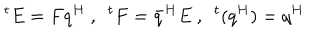
^ t E = F q ^ { H } \ , \ \ ^ { t } F = \bar { q } ^ { H } E \ , \ \ ^ { t } ( q ^ { H } ) = q ^ { H }